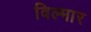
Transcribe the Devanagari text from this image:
विल्मार